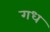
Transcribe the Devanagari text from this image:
गध